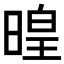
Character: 𣈷